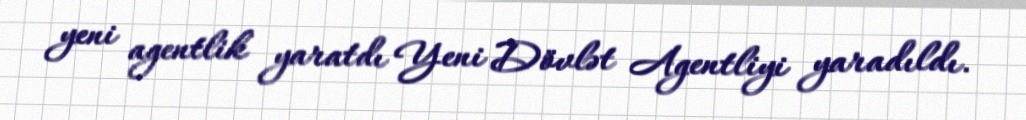
yeni agentlik yaratdı Yeni Dövlət Agentliyi yaradıldı.